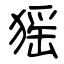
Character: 猺